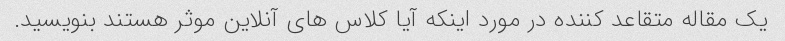
یک مقاله متقاعد کننده در مورد اینکه آیا کلاس های آنلاین موثر هستند بنویسید.